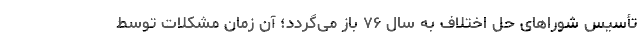
تأسیس شوراهای حل اختلاف به سال ۷۶ باز می‌گردد؛ آن زمان مشکلات توسط